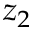
z _ { 2 }